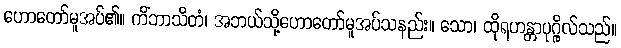
ဟောတော်မူအပ်၏။ ကိံဘာသိတံ၊ အဘယ်သို့ဟောတော်မူအပ်သနည်း။ သော၊ ထိုရဟန္တာပုဂ္ဂိုလ်သည်။